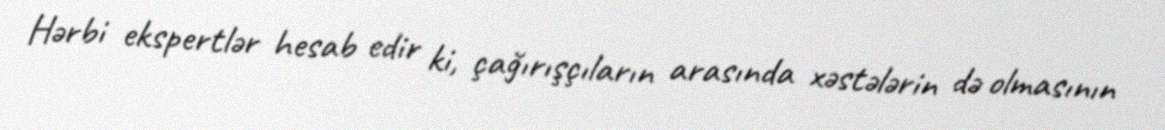
Hərbi ekspertlər hesab edir ki, çağırışçıların arasında xəstələrin də olmasının